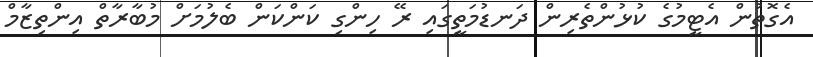
އެގޮތުން އެޓީމުގެ ކުޅުންތެރިން ދަނޑުމަތީގައި ރޭ ހިންގި ކަންކަން ބެލުމަށް މުބާރާތް އިންތިޒާމް